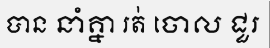
បាន នាំគ្នា រត់ ចោល ជួរ